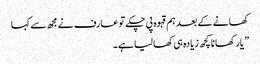
کھانے کے بعد ہم قہوہ پی چکے تو عارف نے مجھ سے کہا
” یار کھانا کچھ زیادہ ہی کھا لیا ہے ۔